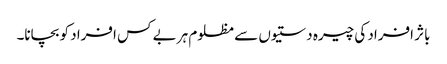
باثر افراد کی چیرہ دستیوں سے مظلوم ہر بے کس افراد کو بچانا۔